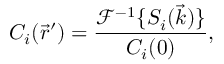
C _ { i } ( \vec { r } ^ { \prime } ) = \frac { \mathcal { F } ^ { - 1 } \{ S _ { i } ( \vec { k } ) \} } { C _ { i } ( 0 ) } ,